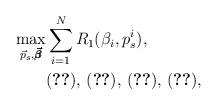
LaTeX: \begin{align*}\max_{\vec{p}_s,\pmb{\vec{\beta}}}& \sum_{i=1}^NR_1(\beta_i,p_s^i), \\ & \eqref{eq:c1_orig}, \, \eqref{eq:c2_orig},\, \eqref{eq:c4_orig},\, \eqref{eq:c2_new}, \end{align*}